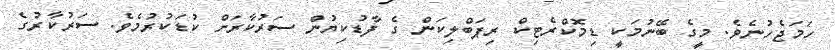
ހަމަޖެހުނެވެ. މީގެ ބޭނުމަކީ ޑިމޮކްރެޓިކް ރިޕަބްލިކަން ގެ ފާޑުކިޔުން ސަރުކާރަށް ކުޑަކުރުމެވެ. ސަރުކާރުގެ